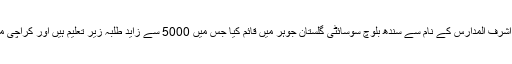
مولانا نے ایک بڑا دینی ادارہ جامعہ اشرف المدارس کے نام سے سندھ بلوچ سوسائٹی گلستان جوہر میں قائم کیا جس میں 5000 سے زاید طلبہ زیر تعلیم ہیں اور کراچی میں اس کی 10 سے زیادہ شاخیں ہیں۔